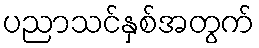
ပညာသင်နှစ်အတွက်